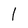
Character: 1